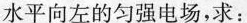
水平向左的匀强电场，求：